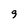
Character: g